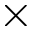
\times